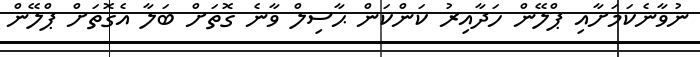
ނުވާނެކަމަށާއި ޕްލޭން ހަދާއިރު ކަންކަން ޙާސިލް ވާނެ ގޮތަށް ބަލާ އެގޮތަށް ޕްލޭން